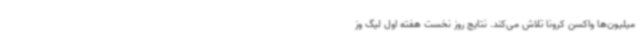
میلیون‌ها واکسن کرونا تلاش می‌کند. نتایج روز نخست هفته اول لیگ وز